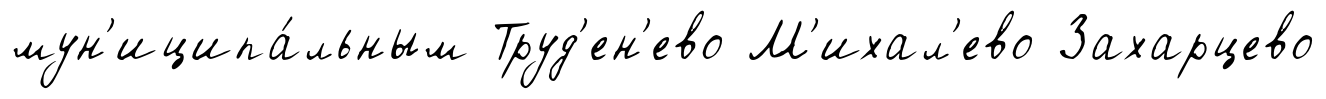
мун'иципа́льным Труд'ен'ево М'ихал'ево Захарцево